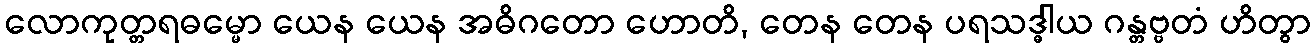
လောကုတ္တရဓမ္မော ယေန ယေန အဓိဂတော ဟောတိ, တေန တေန ပရသဒ္ဓါယ ဂန္တဗ္ဗတံ ဟိတွာ